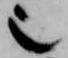
也